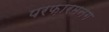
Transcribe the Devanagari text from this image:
परफ़ारमनग